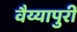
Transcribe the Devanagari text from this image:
वैय्यापुरी